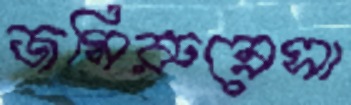
জমিরুন্নেসা